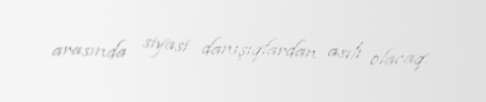
arasında siyasi danışıqlardan asılı olacaq.